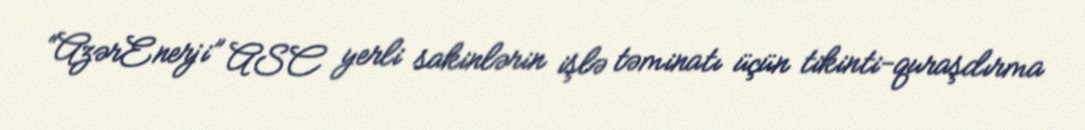
“AzərEnerji” ASC yerli sakinlərin işlə təminatı üçün tikinti-quraşdırma